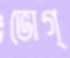
ভোগ্‌